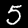
Label: 5